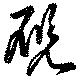
硯